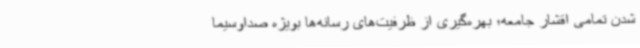
شدن تمامی اقشار جامعه؛ بهره‌گیری از ظرفیت‌های رسانه‌ها بویژه صداوسیما